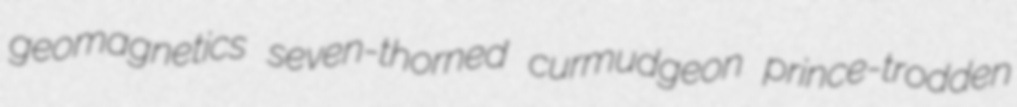
geomagnetics seven-thorned curmudgeon prince-trodden